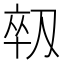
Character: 𫦈